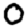
Digit: 0